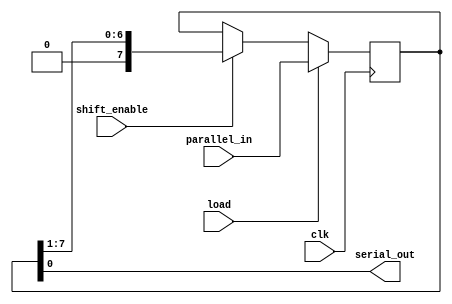
module parallel_in_serial_out (
    input wire clk,
    input wire load,
    input wire shift_enable,
    input wire [7:0] parallel_in,
    output reg serial_out
);

reg [7:0] reg_data;

always @(posedge clk) begin
    if (load) begin
        reg_data <= parallel_in;
    end else if (shift_enable) begin
        reg_data <= reg_data >> 1;
    end
end

assign serial_out = reg_data[0];

endmodule